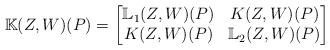
LaTeX: \begin{align*} {\mathbb K}(Z,W)(P) = \begin{bmatrix} {\mathbb L}_1(Z, W)(P) & K(Z,W)(P) \\ K(Z,W)(P) & {\mathbb L}_2(Z,W)(P) \end{bmatrix} \end{align*}